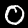
Digit: 0